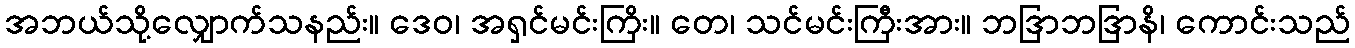
အဘယ်သို့လျှောက်သနည်း။ ဒေဝ၊ အရှင်မင်းကြိး။ တေ၊ သင်မင်းကြီးအား။ ဘဒြာဘဒြာနိ၊ ကောင်းသည်